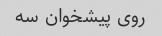
روی پیشخوان سه